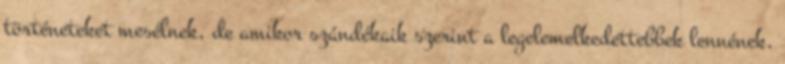
történeteket mesélnek, de amikor szándékaik szerint a legelemelkedettebbek lennének,